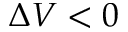
\Delta V < 0